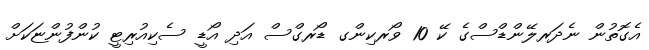
އެގޮތުން ނެދަރލޭންޑްސްގެ ކޭ 10 ވޯރކިންގ ޑޯރގްސް އަދި އޯޑީ ސެކިއުރިޓީ ކުންފުންޏަކަށް